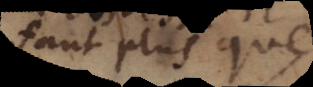
faut plus que